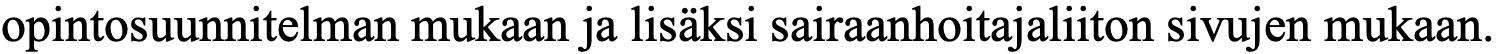
opintosuunnitelman mukaan ja lisäksi sairaanhoitajaliiton sivujen mukaan.